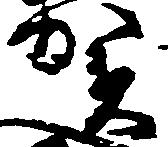
賀